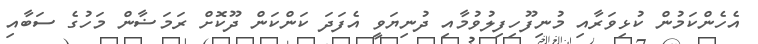
އެހެންކަމުން ކުޅިވަރާއި މުނިފޫހިފިލުވުމާއި ދުނިޔަވީ އެފަދަ ކަންކަން ދޫކޮށް ރަމަޟާން މަހުގެ ސަބާއި